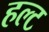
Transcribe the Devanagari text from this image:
हल्ट